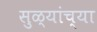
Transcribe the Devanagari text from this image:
सुळ्यांच्या